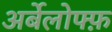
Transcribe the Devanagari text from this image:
अर्बेलोफ्फ़